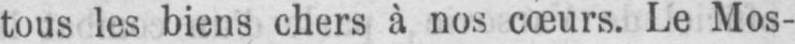
tous les biens chers à nos cœurs. Le Mos-